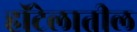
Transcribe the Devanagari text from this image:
हॉटेलातील